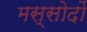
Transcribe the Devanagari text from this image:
मस्सोदों